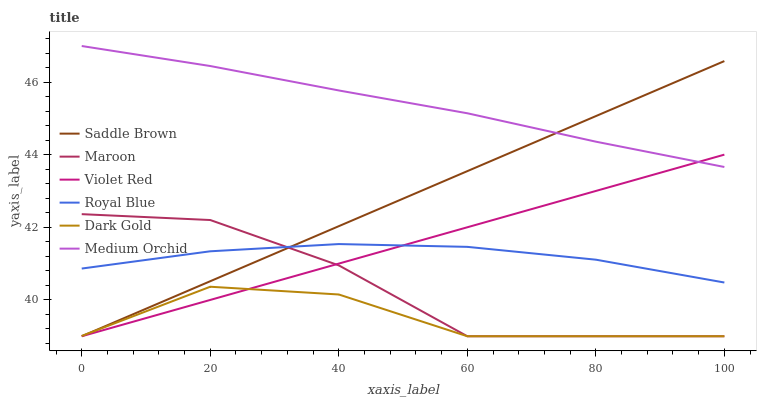
| xaxis_label | Saddle Brown | Maroon | Violet Red | Royal Blue | Dark Gold | Medium Orchid |
 | --- | --- | --- | --- | --- | --- | --- |
 | 0 | 39 | 42.4 | 39 | 40.9 | 39 | 47 |
 | 20 | 40.5 | 42.2 | 40 | 41.3 | 40.4 | 46.4 |
 | 40 | 42 | 41 | 41 | 41.5 | 40.2 | 45.8 |
 | 60 | 43.6 | 39 | 42 | 41.5 | 39 | 45.1 |
 | 80 | 45.1 | 39 | 43 | 41.1 | 39 | 44.4 |
 | 100 | 46.6 | 39 | 44 | 40.5 | 39 | 43.7 |